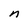
Character: n